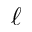
\ell